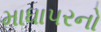
માધાપરનો